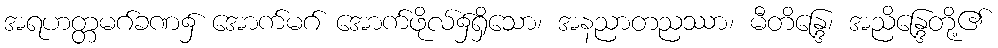
အရဟတ္တမဂ်ခဏ၌ အောက်မဂ် အောက်ဖိုလ်၌ရှိသော၊ အနညာတညဿာ၊ မီတိန္ဒြေ၊ အညိန္ဒြေတို့၏